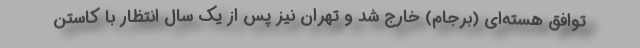
توافق هسته‌ای (برجام) خارج شد و تهران نیز پس از یک سال انتظار با کاستن